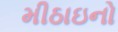
મીઠાઇનો